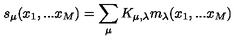
s _ { \mu } ( x _ { 1 } , . . . x _ { M } ) = \sum _ { \mu } K _ { \mu , \lambda } m _ { \lambda } ( x _ { 1 } , . . . x _ { M } )